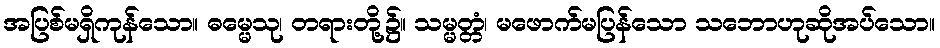
အပြစ်မရှိကုန်သော။ ဓမ္မေသု၊ တရားတို့၌။ သမ္မတ္တံ၊ မဖောက်မပြန်သော သဘောဟုဆိုအပ်သော။